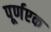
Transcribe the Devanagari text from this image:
पूर्णएक